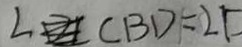
\angle C B D = 2 F